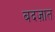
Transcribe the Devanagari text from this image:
बदज़ात